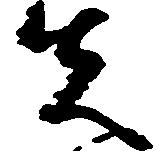
先